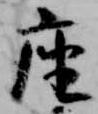
座